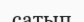
сатып